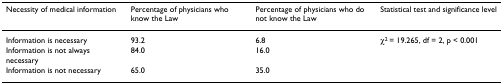
<table><thead><tr><td><b>Necessity of medical information</b></td><td><b>Percentage of physicians who know the Law</b></td><td><b>Percentage of physicians who do not know the Law</b></td><td><b>Statistical test and significance level</b></td></tr></thead><tbody><tr><td>Information is necessary</td><td>93.2</td><td>6.8</td><td>χ<sup>2 </sup>= 19.265, df = 2, p &lt; 0.001</td></tr><tr><td>Information is not always necessary</td><td>84.0</td><td>16.0</td><td></td></tr><tr><td>Information is not necessary</td><td>65.0</td><td>35.0</td><td></td></tr></tbody></table>